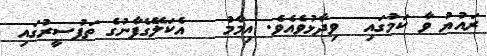
ރައުޔު ވާ ކަމުގައި  ވިދާޅުވެއެވެ. އިމާމު   އެކަލޭގެފާނުގެ ތަފުސީރުގައި